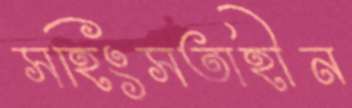
সহিংসতাহীন